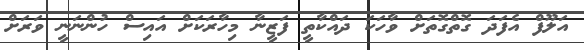
އަލޫފް އެފަދަ ގޮތްގޮތަށް ވާހަކަ ދައްކާތީ ފަޒީނާ މިހާރަކަށް އައިސް ހުންނަނީ ވަރަށް